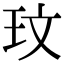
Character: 玟